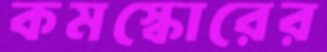
কমস্কোরের